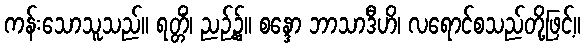
ကန်းသောသူသည်။ ရတ္တိံ၊ ညဉ့်၌။ စန္ဒော ဘာသာဒီဟိ၊ လရောင်စသည်တို့ဖြင့်။